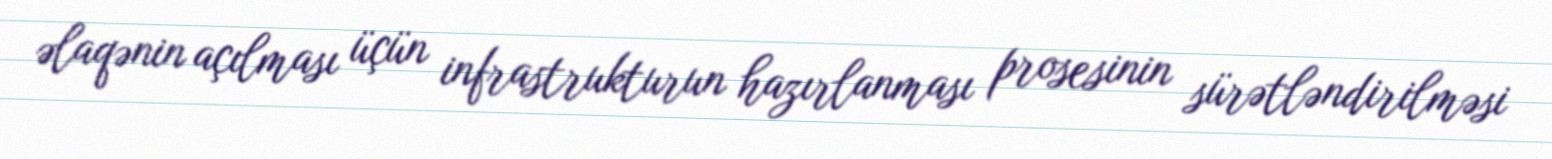
əlaqənin açılması üçün infrastrukturun hazırlanması prosesinin sürətləndirilməsi